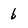
Character: 6